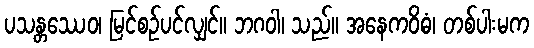
ပသန္တဿေဝ၊ မြင်စဉ်ပင်လျှင်။ ဘဂဝါ၊ သည်။ အနေကဝိဓံ၊ တစ်ပါးမက